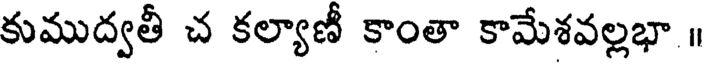
కుముద్వతీ చ కల్యాణీ కాంతా కామేశవల్లభా